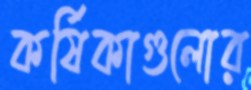
কর্ষিকাগুলোর